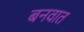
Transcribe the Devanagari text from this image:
बनवात